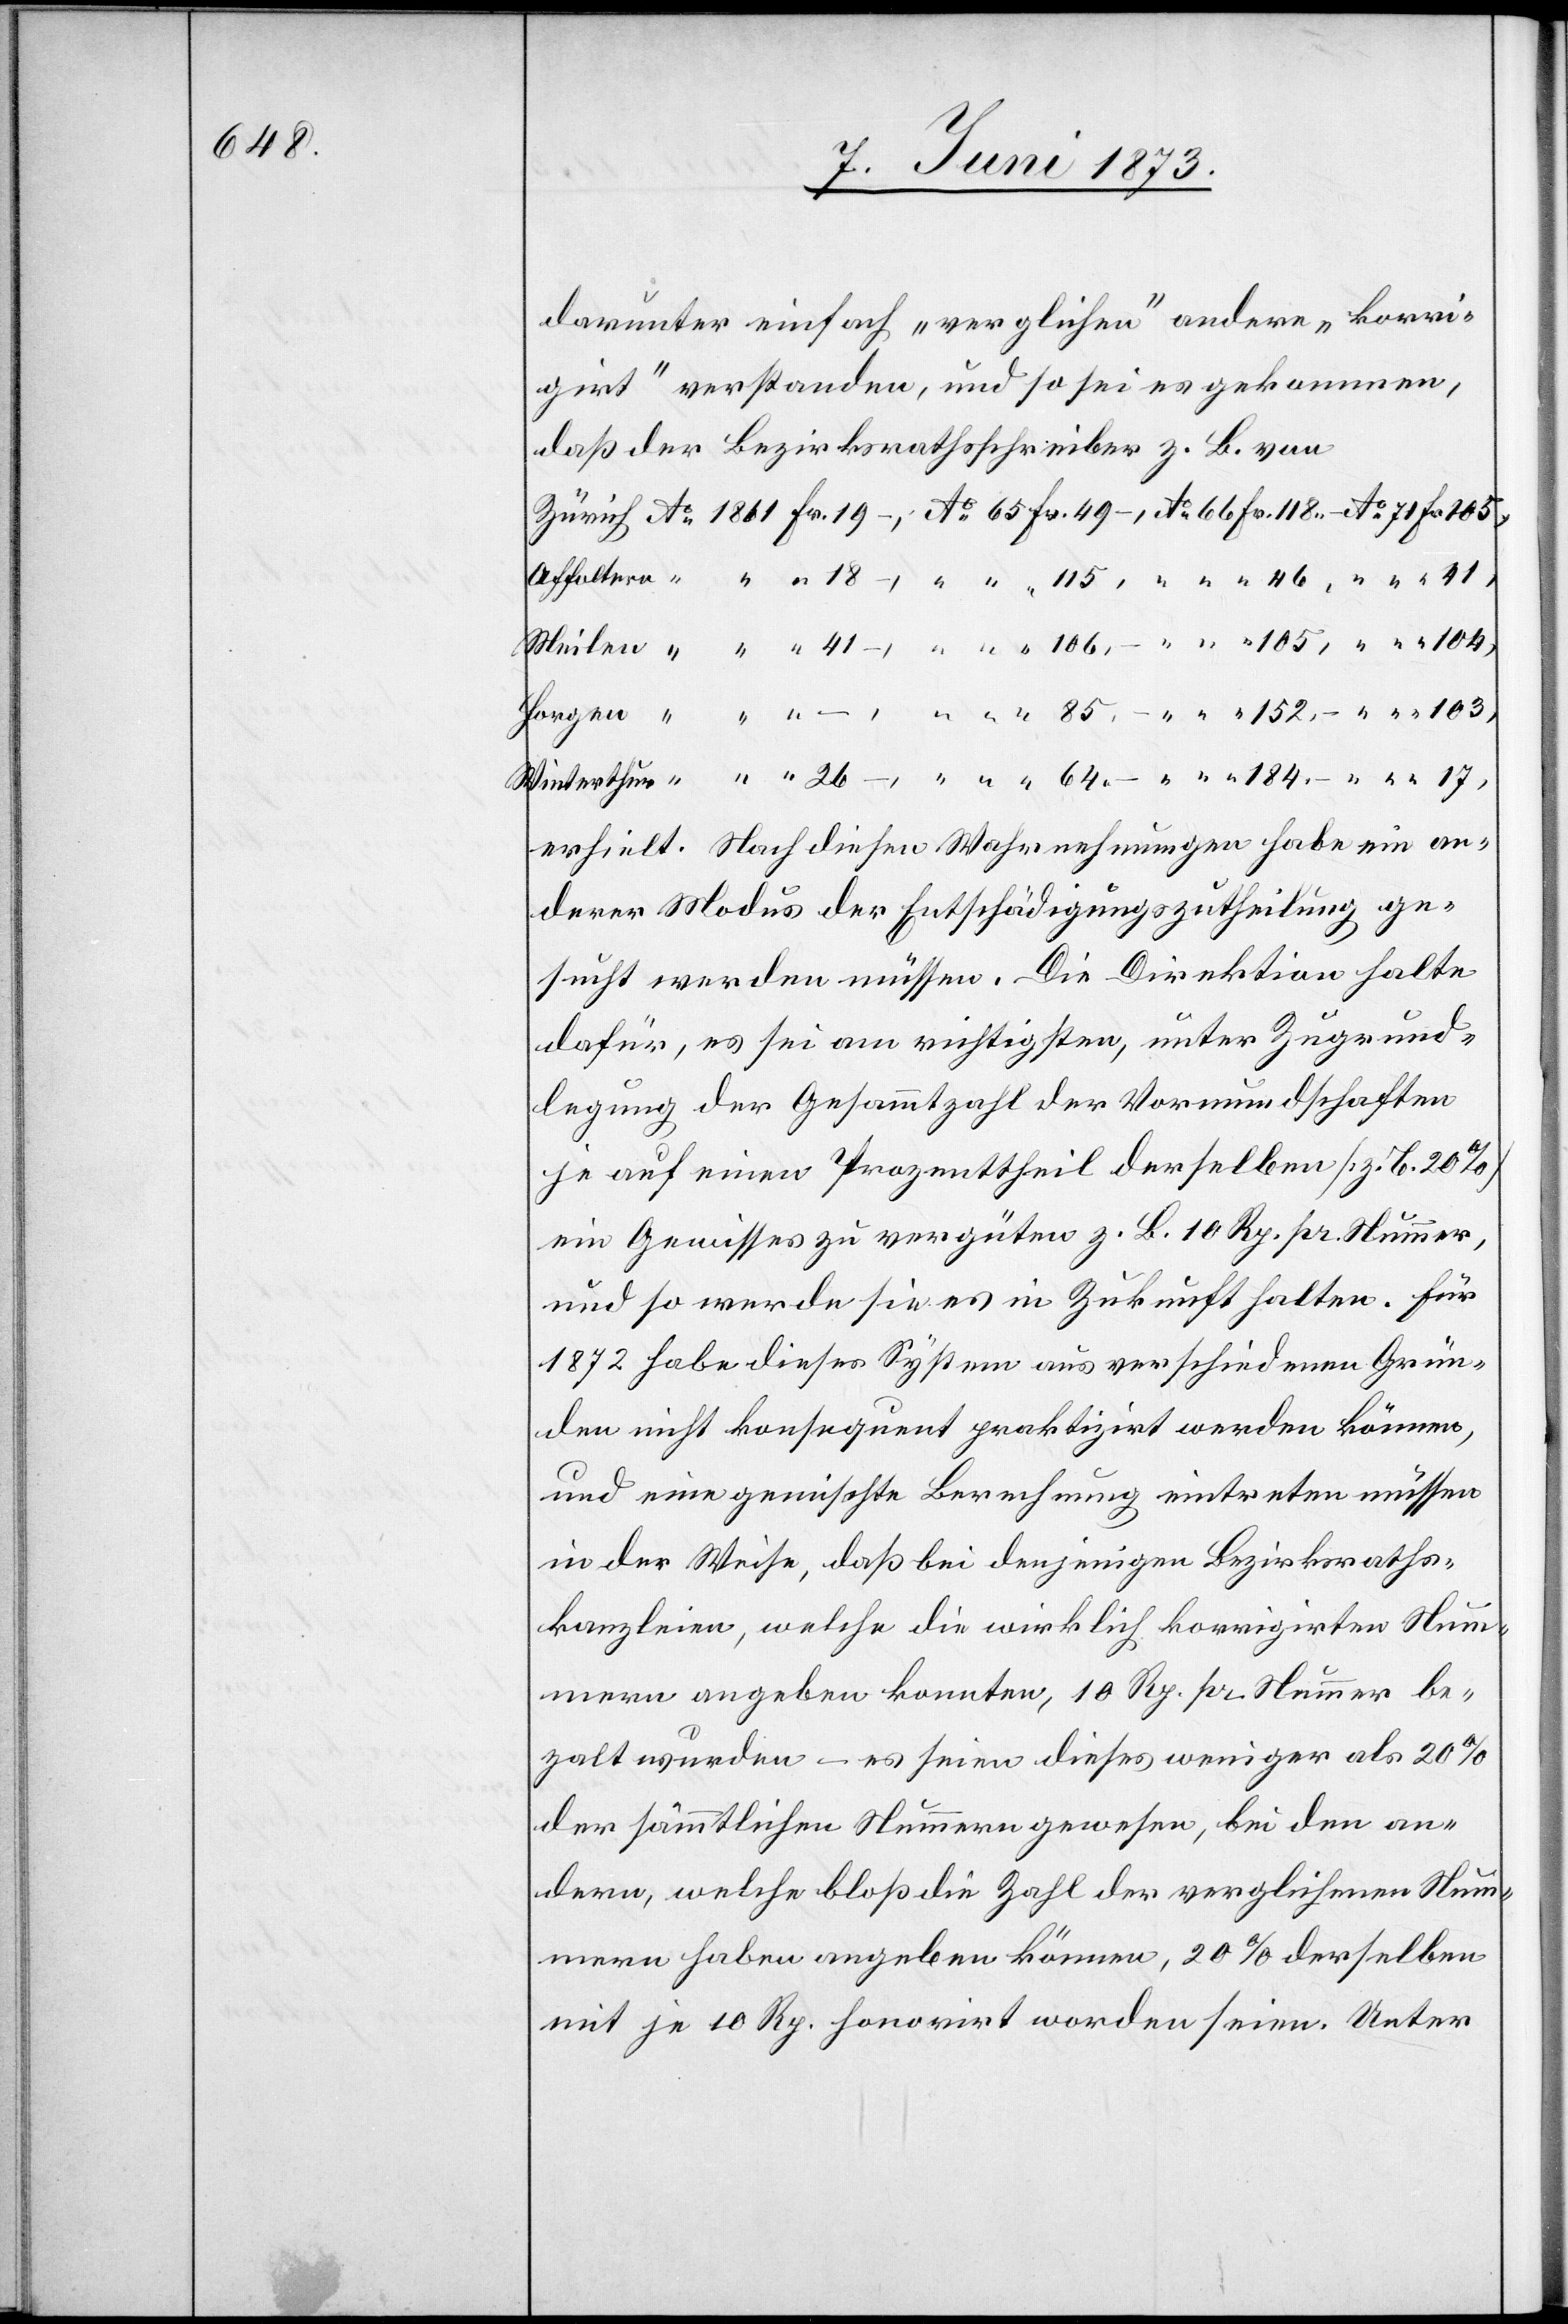
184.

darunter einfach „verglichen“ andere „korri¬
girt“ verstanden, und so sei es gekommen,
daß der Bezirksrathsschreiber z. B. von
erhielt. Nach diesen Wahrnehmungen habe ein an¬
derer Modus der Entschädigungszutheilung ge¬
sucht werden müssen. Die Direktion halte
dafür, es sei am richtigsten, unter Zugrund¬
legung der Gesammtzahl der Vormundschaften
je auf einen Prozenttheil derselben [z. B. 20%]
ein Gewisses zu vergüten z. B. 10 Rp. pr. Nummer,
und so werde sie es in Zukunft halten. Für
1872 habe dieses System aus verschiedenen Grün¬
den nicht konsequent praktizirt werden können,
und eine gemischte Berechnung eintreten müssen
in der Weise, daß bei denjenigen Bezirksraths¬
kanzleien, welche die wirklich korrigirten Num¬
mern angeben konnten, 10 Rp. pr. Nummer be¬
zalt [sic!] wurden – es seien dieses weniger als 20%
der sämmtlichen Nummern gewesen, bei den an¬
dern, welche bloß die Zahl der verglichenen Num¬
mern haben angeben können, 20% derselben
mit je 10 Rp. honorirt worden seien. Unter